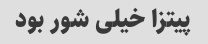
پیتزا خیلی شور بود